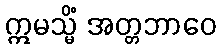
ဣမသ္မိံ အတ္တဘာဝေ